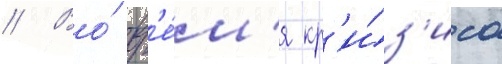
// Во́ вр'е́м'я кр'и́з'иса